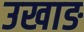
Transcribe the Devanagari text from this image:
उखाङ